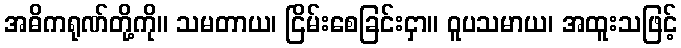
အဓိကရုဏ်တို့ကို။ သမတာယ၊ ငြိမ်းစေခြင်းငှာ။ ဝူပသမာယ၊ အထူးသဖြင့်